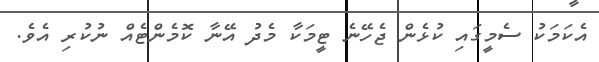
އެކަމަކު ސެމީގައި ކުޅެން ޖެހޭނެ ޓީމަކާ މެދު އޭނާ ކޮމެންޓެއް ނުކުރި އެވެ.